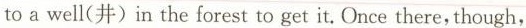
to a well(井)in the forest to get it. Once there, though,